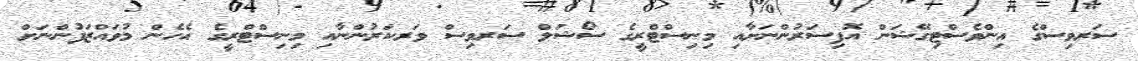
ސަރވިސްގެ އިންވެސްޓިގޭޝަން އޮފިސަރުންނަށާއި މިނިސްޓްރީގެ ސޯޝަލް ސަރވިސް ވަރކަރުންނާއި މިނިސްޓްރީގެ އެހެން މުވައްޒަފުންނަށް